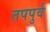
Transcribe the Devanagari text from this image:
तपपुर्व